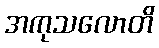
အကုသလောတိ